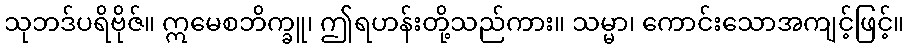
သုဘဒ်ပရိဗိုဇ်။ ဣမေစဘိက္ခူ၊ ဤရဟန်းတို့သည်ကား။ သမ္မာ၊ ကောင်းသောအကျင့်ဖြင့်။